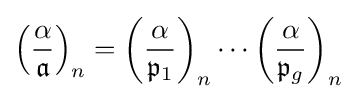
\left({\frac {\alpha }{\mathfrak {a}}}\right)_{n}=\left({\frac {\alpha }{{\mathfrak {p}}_{1}}}\right)_{n}\cdots \left({\frac {\alpha }{{\mathfrak {p}}_{g}}}\right)_{n}